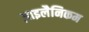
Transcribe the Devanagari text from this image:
ज़ाइलैनिकम